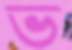
ভ